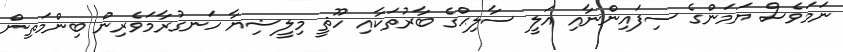
ނަމަވެސް ޔަމަންގެ ސިފައިންނާއި އަލީ ސާލިޙްގެ ބާރުތަކާއި ހޫޘީ މިލީޝިޔާ ހަނގުރާމަވެރިން ބިންމަތިން